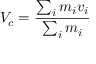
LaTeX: V _ { c } = { \frac { \sum _ { i } m _ { i } v _ { i } } { \sum _ { i } m _ { i } } }